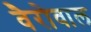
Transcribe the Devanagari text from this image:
वैरोवाल